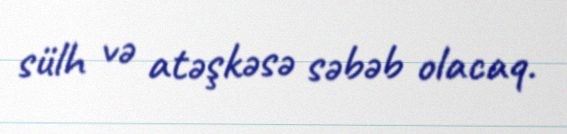
sülh və atəşkəsə səbəb olacaq.